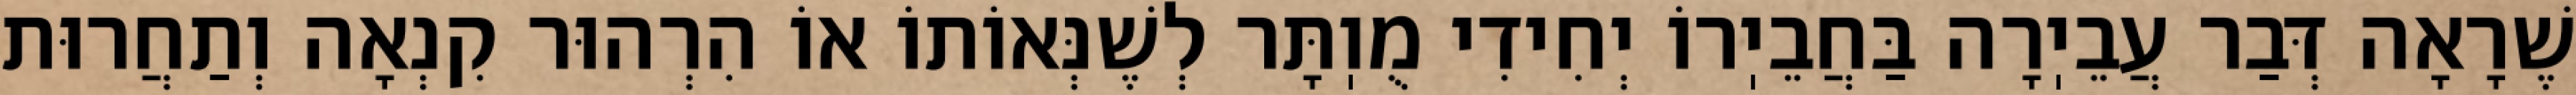
שֶׁרָאָה דְּבַר עֲבֵיֽרָה בַּחֲבֵיֽרוֹ יְחִידִי מֻוֽתָּר לְשֶׁנְּאוֹתוֹ אוֹ הִרְהוּר קִנְאָה וְתַחֲרוּת